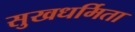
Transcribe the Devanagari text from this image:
सुखधर्मिता